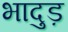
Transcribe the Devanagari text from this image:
भादुड़